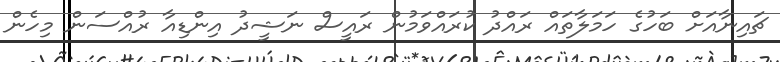
ޗައިނާއަށް ބަހުގެ ހަމަލާތައް ރައްދު ކުރައްވަމުން ރައީސް ނަޝީދު އިންޑިއާ ރުއްސަން މިހެން